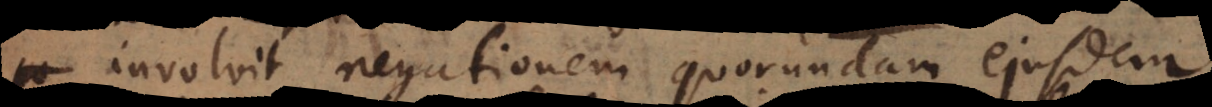
involvit negationem quorundam ejusdem